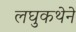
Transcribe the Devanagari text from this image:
लघुकथेने